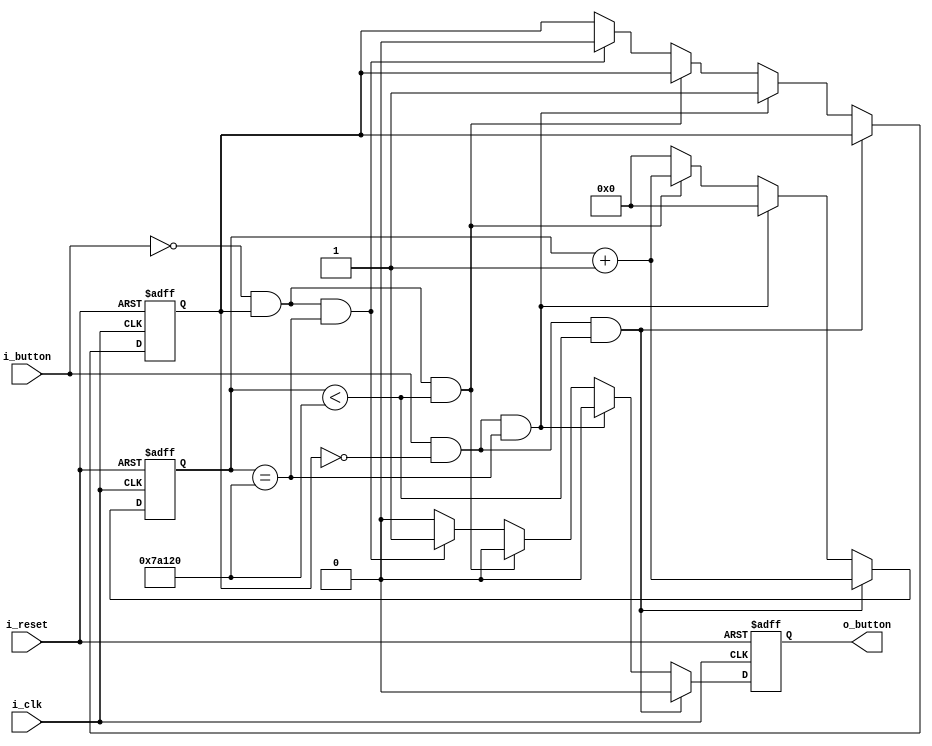
module buttoncontroller(
    input i_clk,
    input i_reset,
    input  i_button,
    output  o_button

    );

    parameter PUSHED = 1'b1,
              RELEASED = 1'b0,
              TRUE = 1'b1,
              FALSE = 1'b0;
    parameter DEBOUNCE = 500_000;   // 10ms

    reg r_prevState = RELEASED;
    reg r_button;
    reg [31:0] r_counter =0;
    assign o_button = r_button;

    always @(posedge i_clk or posedge i_reset) begin
        if(i_reset) begin
            r_button <= FALSE;
            r_prevState <= RELEASED; 
            r_counter <= 0;
        end
        else begin
            if((i_button == PUSHED) && (r_prevState == RELEASED) && (r_counter < DEBOUNCE)) begin
                r_counter <= r_counter +1;
                r_button <= FALSE;
            end
            else if((i_button == PUSHED) && (r_prevState == RELEASED) && (r_counter == DEBOUNCE)) begin
                r_counter <= 0;
                r_prevState <= PUSHED;
                r_button <= FALSE;
            end
            else if((i_button == RELEASED) && (r_prevState == PUSHED) && (r_counter < DEBOUNCE)) begin
                r_counter <= r_counter +1;
                r_button <= FALSE;
            end

            else if((i_button == RELEASED) && (r_prevState == PUSHED) && (r_counter == DEBOUNCE)) begin
                r_counter <= 0;
                r_prevState <= RELEASED;
                r_button <= TRUE;
            end
            else begin
                r_counter <= 0;
                r_button <= FALSE;
            end
        end
    end

endmodule